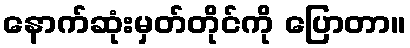
နောက်ဆုံးမှတ်တိုင်ကို ပြောတာ။